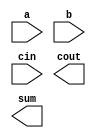
`define UP 5'd2
`define DOWN 5'd4
`define LEFT 5'd3
`define RIGHT 5'd1

module adderSubtractor(a, b, cin, cout, sum) ;
    parameter n = 5;
    input [n - 1 : 0] a, b;
    input cin;
    output [n - 1 : 0] sum;
    output cout;

endmodule

module TBT(clk, rst, start, data, en, addr, fin, result);
    input clk, rst, start;
    input [4 : 0] data;
    output en, fin;
    output [4 : 0] addr, result;

endmodule